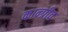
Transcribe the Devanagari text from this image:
कान्ग्रीव